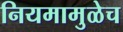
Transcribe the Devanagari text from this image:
नियमामुळेच